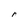
Character: r